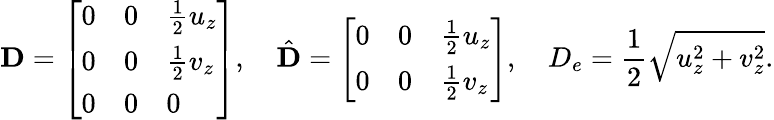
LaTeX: \mathbf{D}=\left[\begin{array}{lll}{0}&{0}&{\frac 12u_{z}}\\ {0}&{0}&{\frac 12v_{z}}\\ {0}&{0}&{0}\end{array}\right],\quad\hat{\mathbf{D}}=\left[\begin{array}{lll}{0}&{0}&{\frac 12u_{z}}\\ {0}&{0}&{\frac 12v_{z}}\end{array}\right],\quad D_{e}=\frac{1}{2}\sqrt{u_{z}^{2}+v_{z}^{2}}.